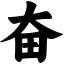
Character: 奋